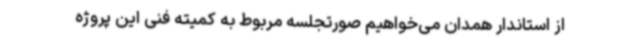
از استاندار همدان می‌خواهیم صورتجلسه مربوط به کمیته فنی این پروژه